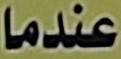
عندما